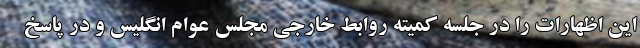
این اظهارات را در جلسه کمیته روابط خارجی مجلس عوام انگلیس و در پاسخ